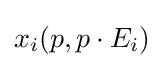
x_{i}(p,p\cdot E_{i})